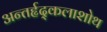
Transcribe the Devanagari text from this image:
अन्तर्हृद्कलाशोथ